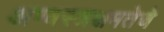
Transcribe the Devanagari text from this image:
अण्वस्त्रक्षमतेचे